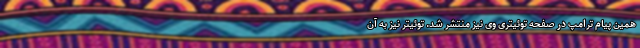
همین پیام ترامپ در صفحه توئیتری وی نیز منتشر شد. توئیتر نیز به آن